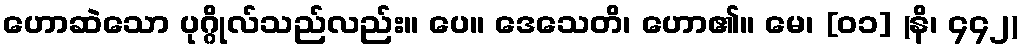
ဟောဆဲသော ပုဂ္ဂိုလ်သည်လည်း။ ပေ။ ဒေသေတိ၊ ဟော၏။ မေ၊ [၀၁] (နိ၊ ၄၄၂)